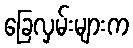
ခြေလှမ်းများက